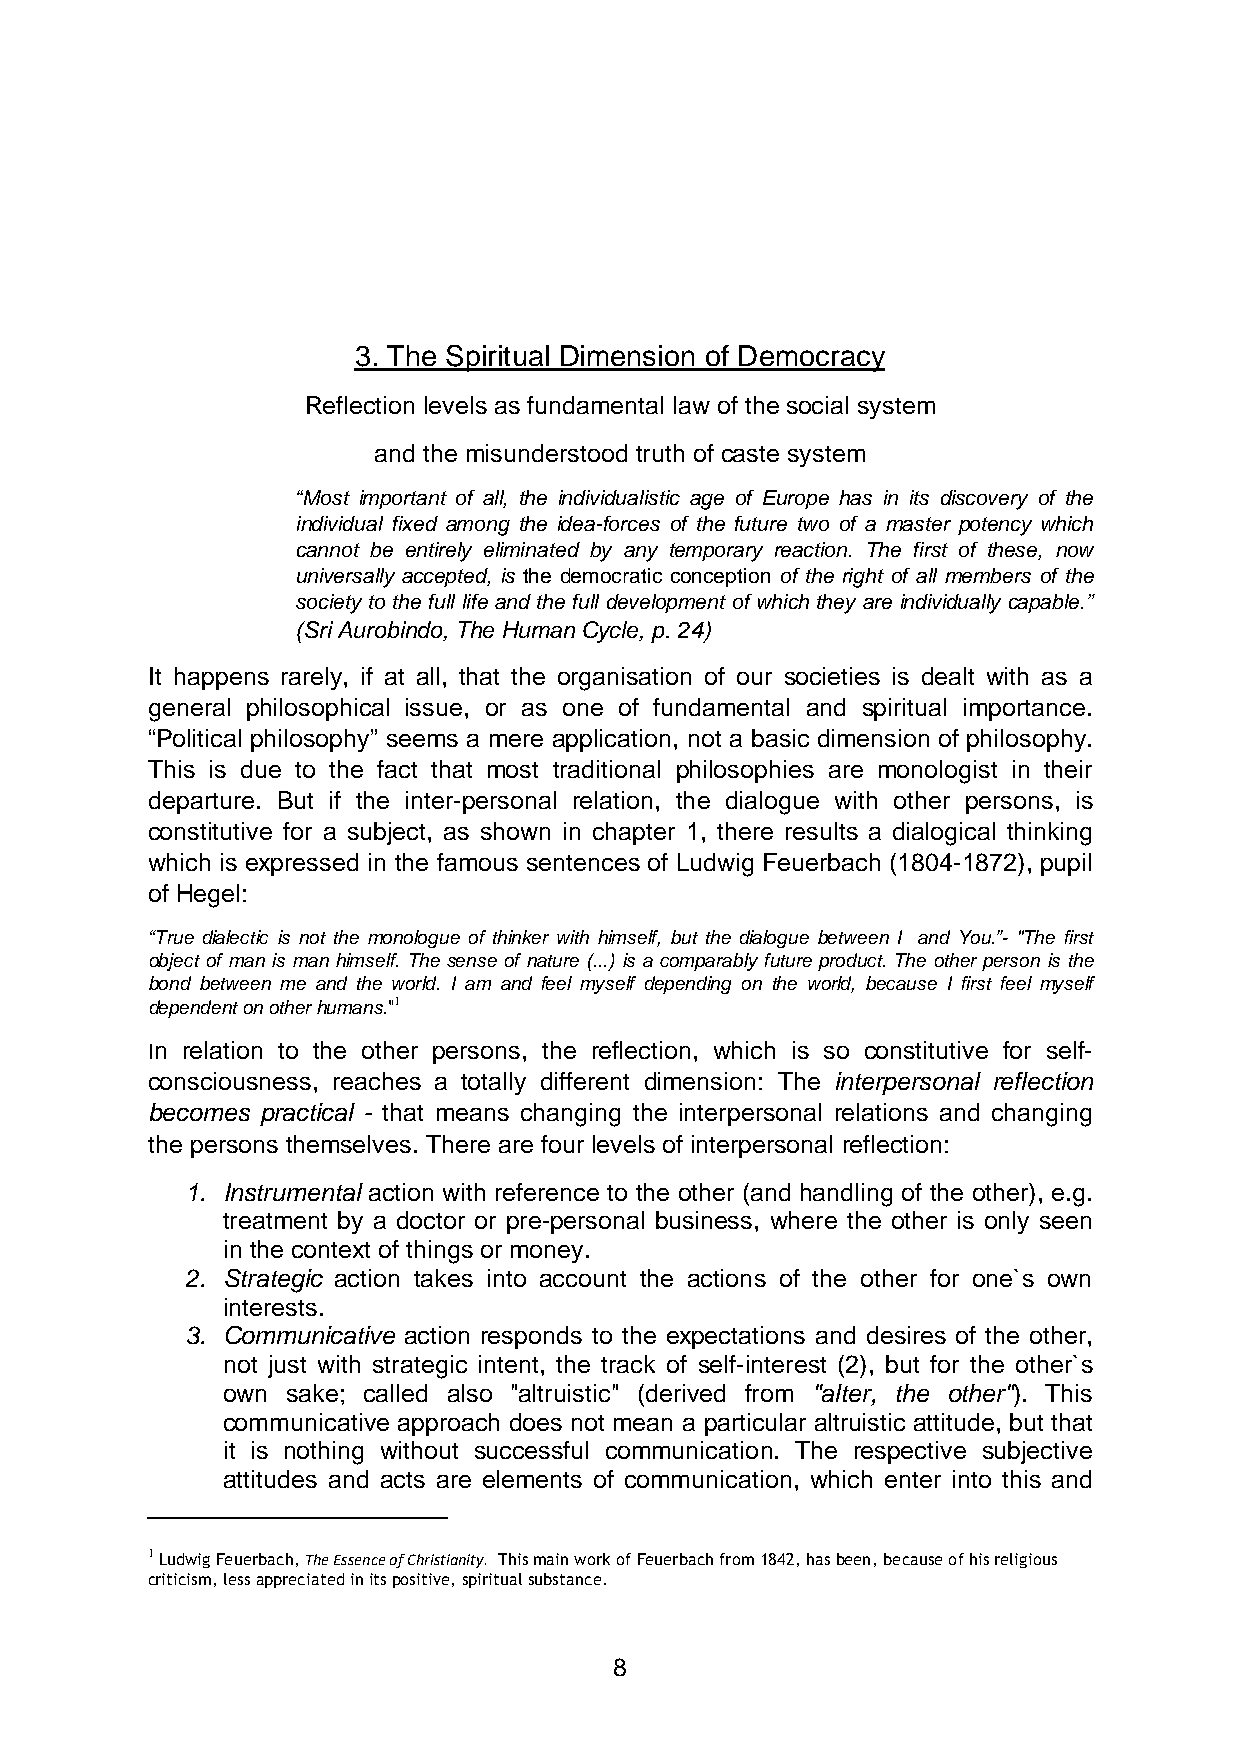
3. The Spiritual Dimension of Democracy
 Reflection levels as fundamental law of the social system
 and the misunderstood truth of caste system
 “Most important of all, the individualistic age of Europe has in its discovery of the
 individual fixed among the idea-forces of the future two of a master potency which
 cannot be entirely eliminated by any temporary reaction. The first of these, now
 universally accepted, is the democratic conception of the right of all members of the
 society to the full life and the full development of which they are individually capable.”
 (Sri Aurobindo, The Human Cycle, p. 24)
 It happens rarely, if at all, that the organisation of our societies is dealt with as a
 general philosophical issue, or as one of fundamental and spiritual importance.
 “Political philosophy” seems a mere application, not a basic dimension of philosophy.
 This is due to the fact that most traditional philosophies are monologist in their
 departure. But if the inter-personal relation, the dialogue with other persons, is
 constitutive for a subject, as shown in chapter 1, there results a dialogical thinking
 which is expressed in the famous sentences of Ludwig Feuerbach (1804-1872), pupil
 of Hegel:
 “True dialectic is not the monologue of thinker with himself, but the dialogue between I and You.”- "The first
 object of man is man himself. The sense of nature (...) is a comparably future product. The other person is the
 bond between me and the world. I am and feel myself depending on the world, because I first feel myself
 dependent on other humans."1
 In relation to the other persons, the reflection, which is so constitutive for self-
 consciousness, reaches a totally different dimension: The interpersonal reflection
 becomes practical - that means changing the interpersonal relations and changing
 the persons themselves. There are four levels of interpersonal reflection:
 1. Instrumental action with reference to the other (and handling of the other), e.g.
 treatment by a doctor or pre-personal business, where the other is only seen
 in the context of things or money.
 2. Strategic action takes into account the actions of the other for one`s own
 interests.
 3. Communicative action responds to the expectations and desires of the other,
 not just with strategic intent, the track of self-interest (2), but for the other`s
 own sake; called also "altruistic" (derived from "alter, the other"). This
 communicative approach does not mean a particular altruistic attitude, but that
 it is nothing without successful communication. The respective subjective
 attitudes and acts are elements of communication, which enter into this and
 1 Ludwig Feuerbach, The Essence of Christianity. This main work of Feuerbach from 1842, has been, because of his religious
 criticism, less appreciated in its positive, spiritual substance.
 8